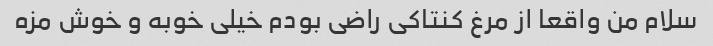
سلام من واقعا از مرغ کنتاکی راضی بودم خیلی خوبه و خوش مزه